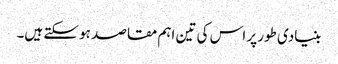
بنیادی طور پر اس کی تین اہم مقاصد ہو سکتے ہیں۔